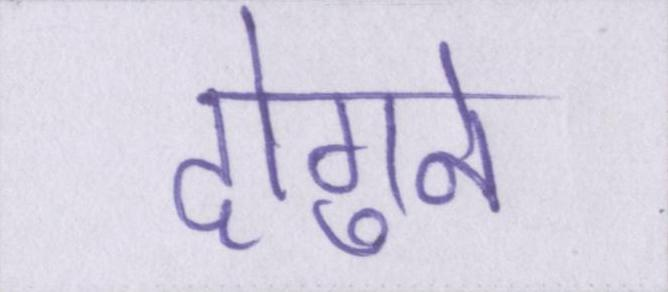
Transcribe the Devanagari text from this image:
दोगुने